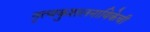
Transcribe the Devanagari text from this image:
नृत्यकुशलनायिकेची